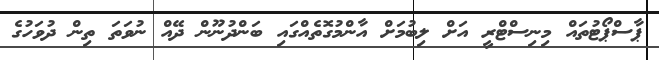
ޕާސްޕޯޓުތައް މިނިސްޓްރީ އަށް ލިބުމަށް އާންމުގޮތެއްގައި ބަންދުނޫން ދޭއް ނުވަތަ ތިން ދުވަހުގެ